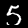
Label: 5